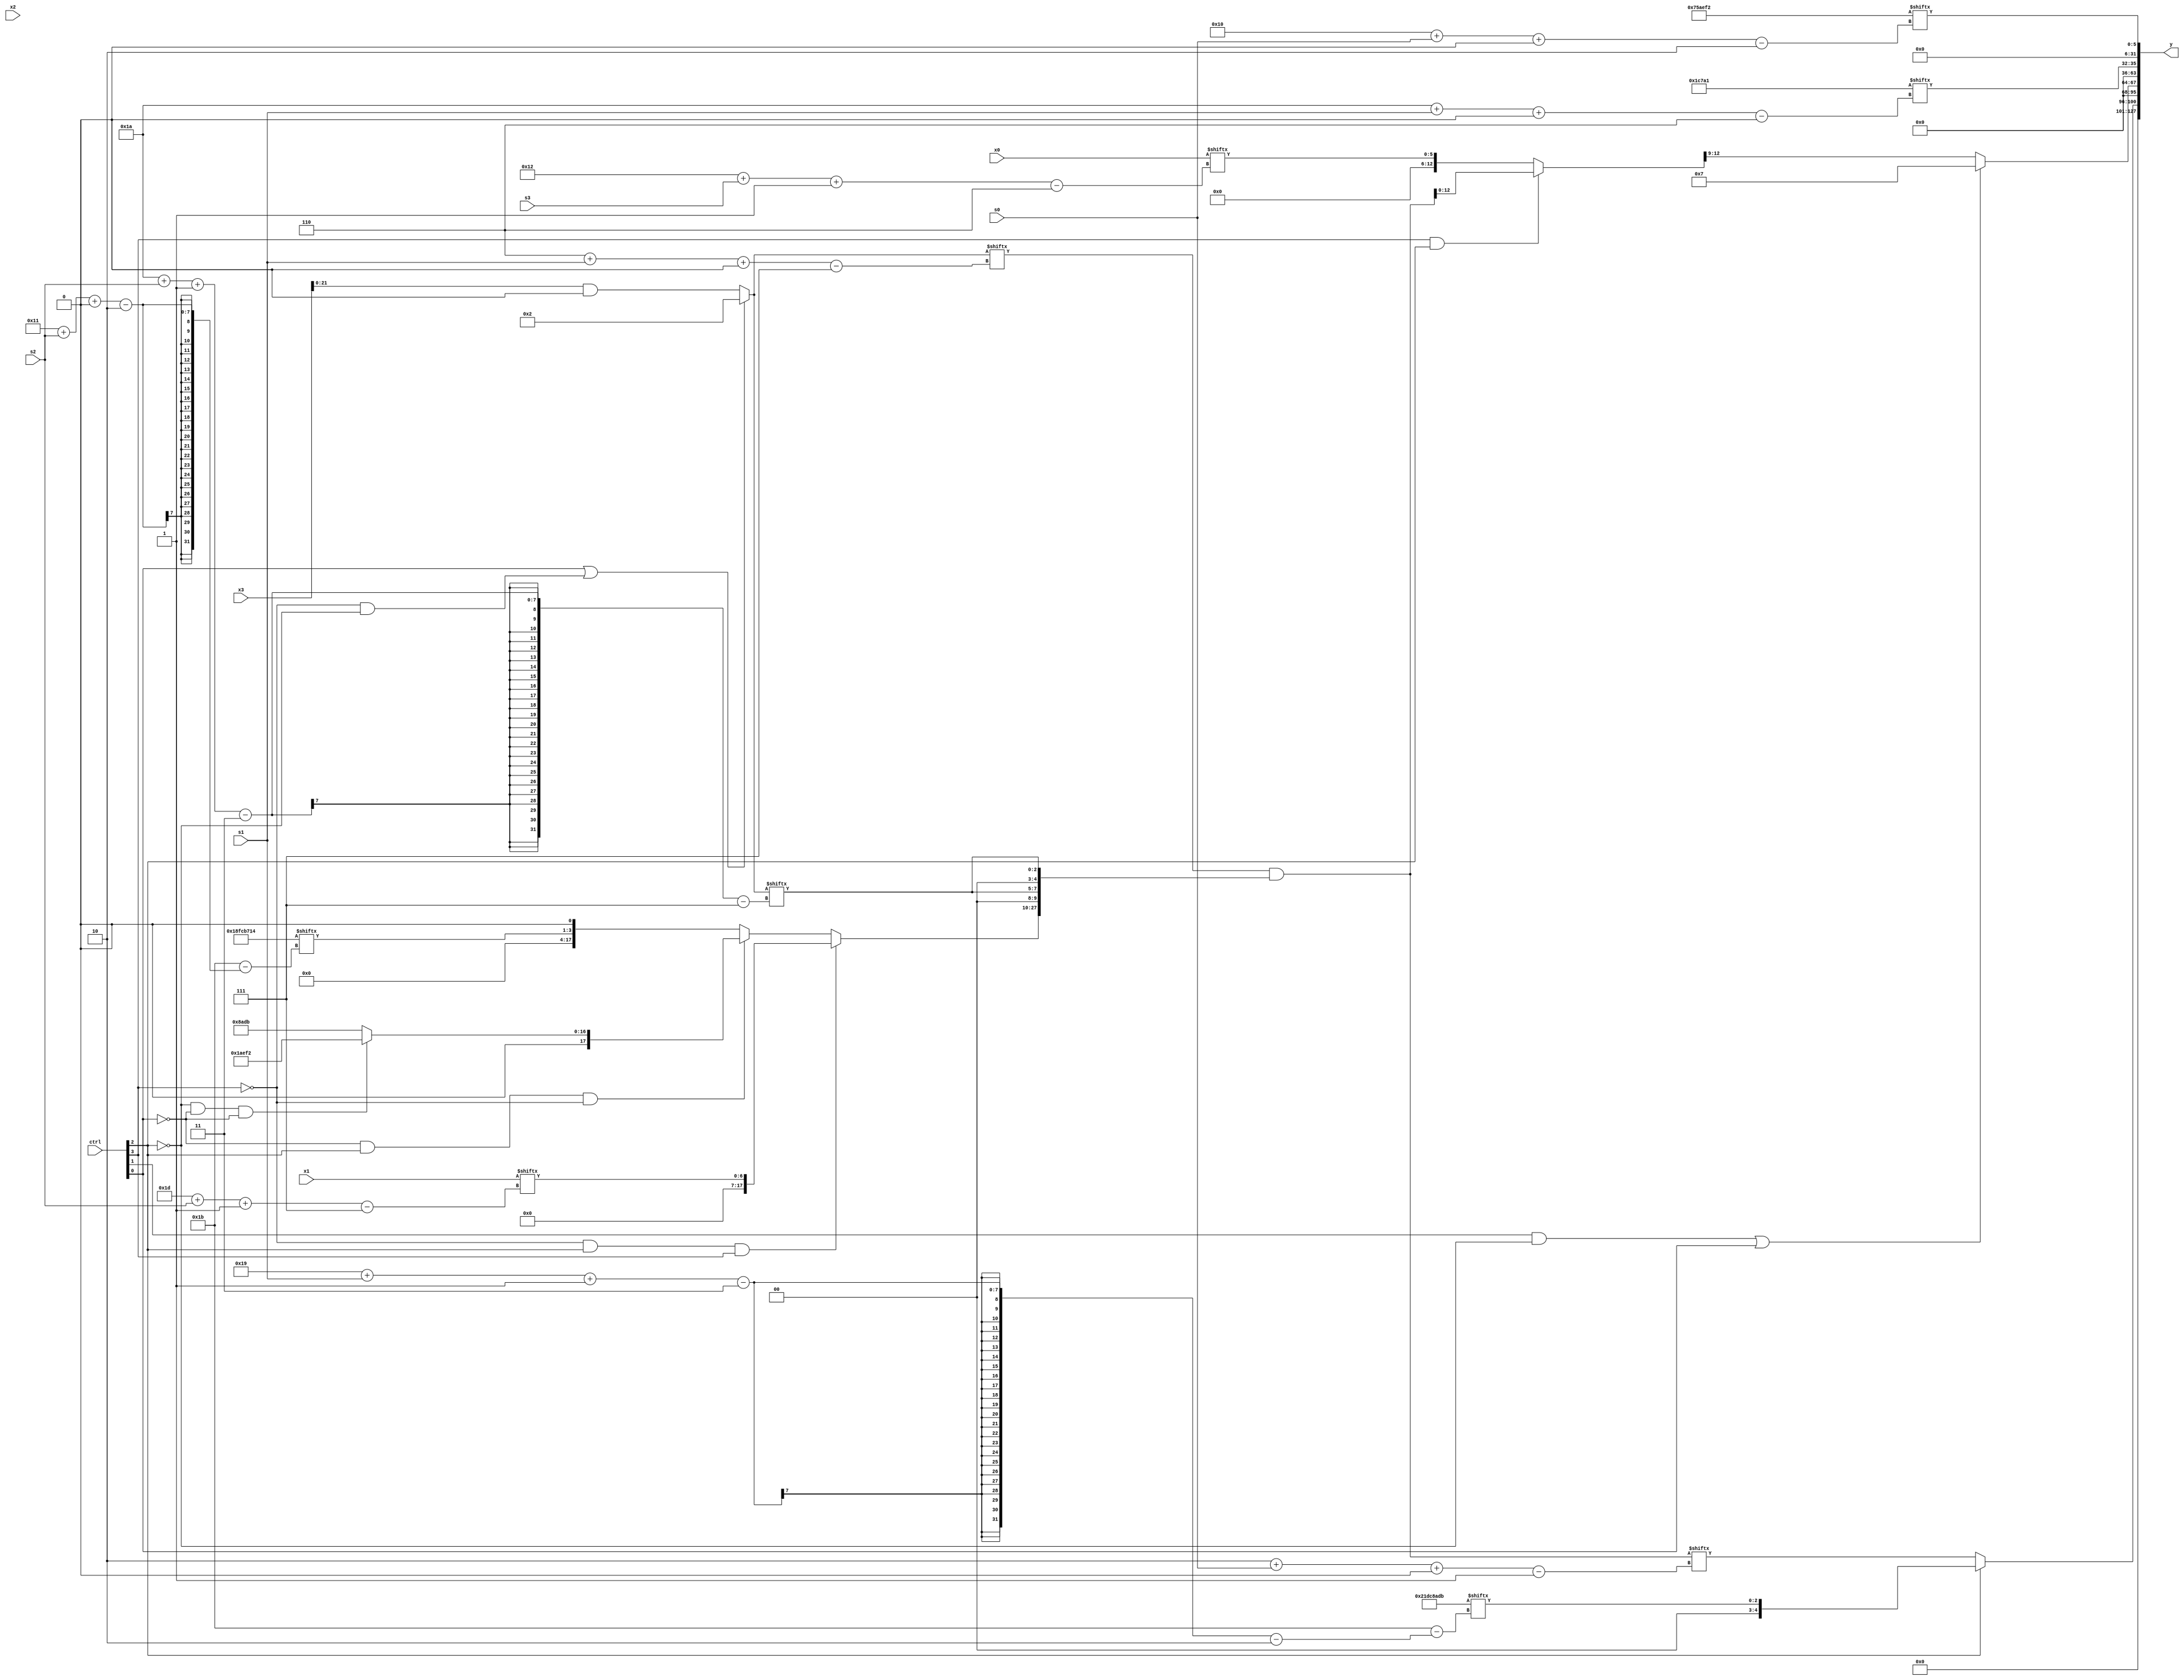
module partsel_00128(ctrl, s0, s1, s2, s3, x0, x1, x2, x3, y);
  input [3:0] ctrl;
  input [2:0] s0;
  input [2:0] s1;
  input [2:0] s2;
  input [2:0] s3;
  input signed [31:0] x0;
  input signed [31:0] x1;
  input signed [31:0] x2;
  input [31:0] x3;
  wire [28:3] x4;
  wire signed [2:25] x5;
  wire signed [1:24] x6;
  wire [30:3] x7;
  wire signed [27:1] x8;
  wire [28:7] x9;
  wire signed [7:29] x10;
  wire [28:1] x11;
  wire [5:25] x12;
  wire signed [3:25] x13;
  wire [6:24] x14;
  wire [30:2] x15;
  output [127:0] y;
  wire signed [31:0] y0;
  wire signed [31:0] y1;
  wire signed [31:0] y2;
  wire signed [31:0] y3;
  assign y = {y0,y1,y2,y3};
  localparam [2:31] p0 = 419215124;
  localparam signed [24:2] p1 = 376811250;
  localparam signed [24:6] p2 = 930727841;
  localparam signed [2:31] p3 = 568101595;
  assign x4 = x3;
  assign x5 = {p2[16 +: 4], x3[20 -: 3]};
  assign x6 = x0[18 + s3 -: 6];
  assign x7 = x4[24 + s2 -: 2];
  assign x8 = ({2{x6}} ^ ({x0[21 + s0 +: 2], (x7[10 + s1] | ((x0[12 +: 2] | x3[21 + s1 -: 3]) ^ x0))} + ((!ctrl[0] || !ctrl[2] || ctrl[2] ? p2[22 -: 4] : (ctrl[0] && !ctrl[2] && !ctrl[2] ? p2[7 + s2] : p1[9 + s3])) ^ ((!ctrl[3] || !ctrl[2] && ctrl[1] ? ((p1[30 + s3 +: 7] ^ p0) & (p0[19] & x2[15 -: 4])) : p0[5 + s0]) | (x2[21] ^ p0)))));
  assign x9 = (ctrl[0] || !ctrl[3] && !ctrl[2] ? p2[10 +: 3] : (x4 & {2{x7[17]}}));
  assign x10 = (p2[10 +: 4] & x1[2 + s2 +: 7]);
  assign x11 = ({p0[15 -: 1], x9[6 + s1 +: 7]} & {(!ctrl[3] && ctrl[2] && ctrl[3] ? x1[29 + s2 -: 7] : (!ctrl[0] && ctrl[2] && !ctrl[3] ? (!ctrl[2] && !ctrl[0] && !ctrl[0] ? p1 : p3) : {p0[17 + s2 +: 3], x5[15 +: 1]})), {2{{{2{p2[9 +: 1]}}, x9[26 + s2 -: 3]}}}});
  assign x12 = p0[18 +: 1];
  assign x13 = (ctrl[3] && ctrl[3] && ctrl[2] ? x11 : x6);
  assign x14 = (((((x3[23] + p0[5 + s1 -: 5]) | (x5[14 -: 2] & x10[29 + s2 -: 1])) - {(ctrl[0] || !ctrl[2] && ctrl[2] ? p3[14 + s3 -: 1] : x7), ((p0[21 -: 2] - (x5[10 + s3 -: 2] + x11[5 + s3])) | (x0[10 + s1 +: 3] | x11[19 -: 3]))}) | x7) | p0);
  assign x15 = x3;
  assign y0 = (ctrl[0] && !ctrl[0] || ctrl[2] ? p3[25 + s1 -: 3] : x11[2 + s0 +: 5]);
  assign y1 = (ctrl[1] && !ctrl[2] || ctrl[0] ? p1[11 +: 4] : x13[16 -: 4]);
  assign y2 = p2[26 + s1 +: 4];
  assign y3 = p1[16 + s0 +: 6];
endmodule